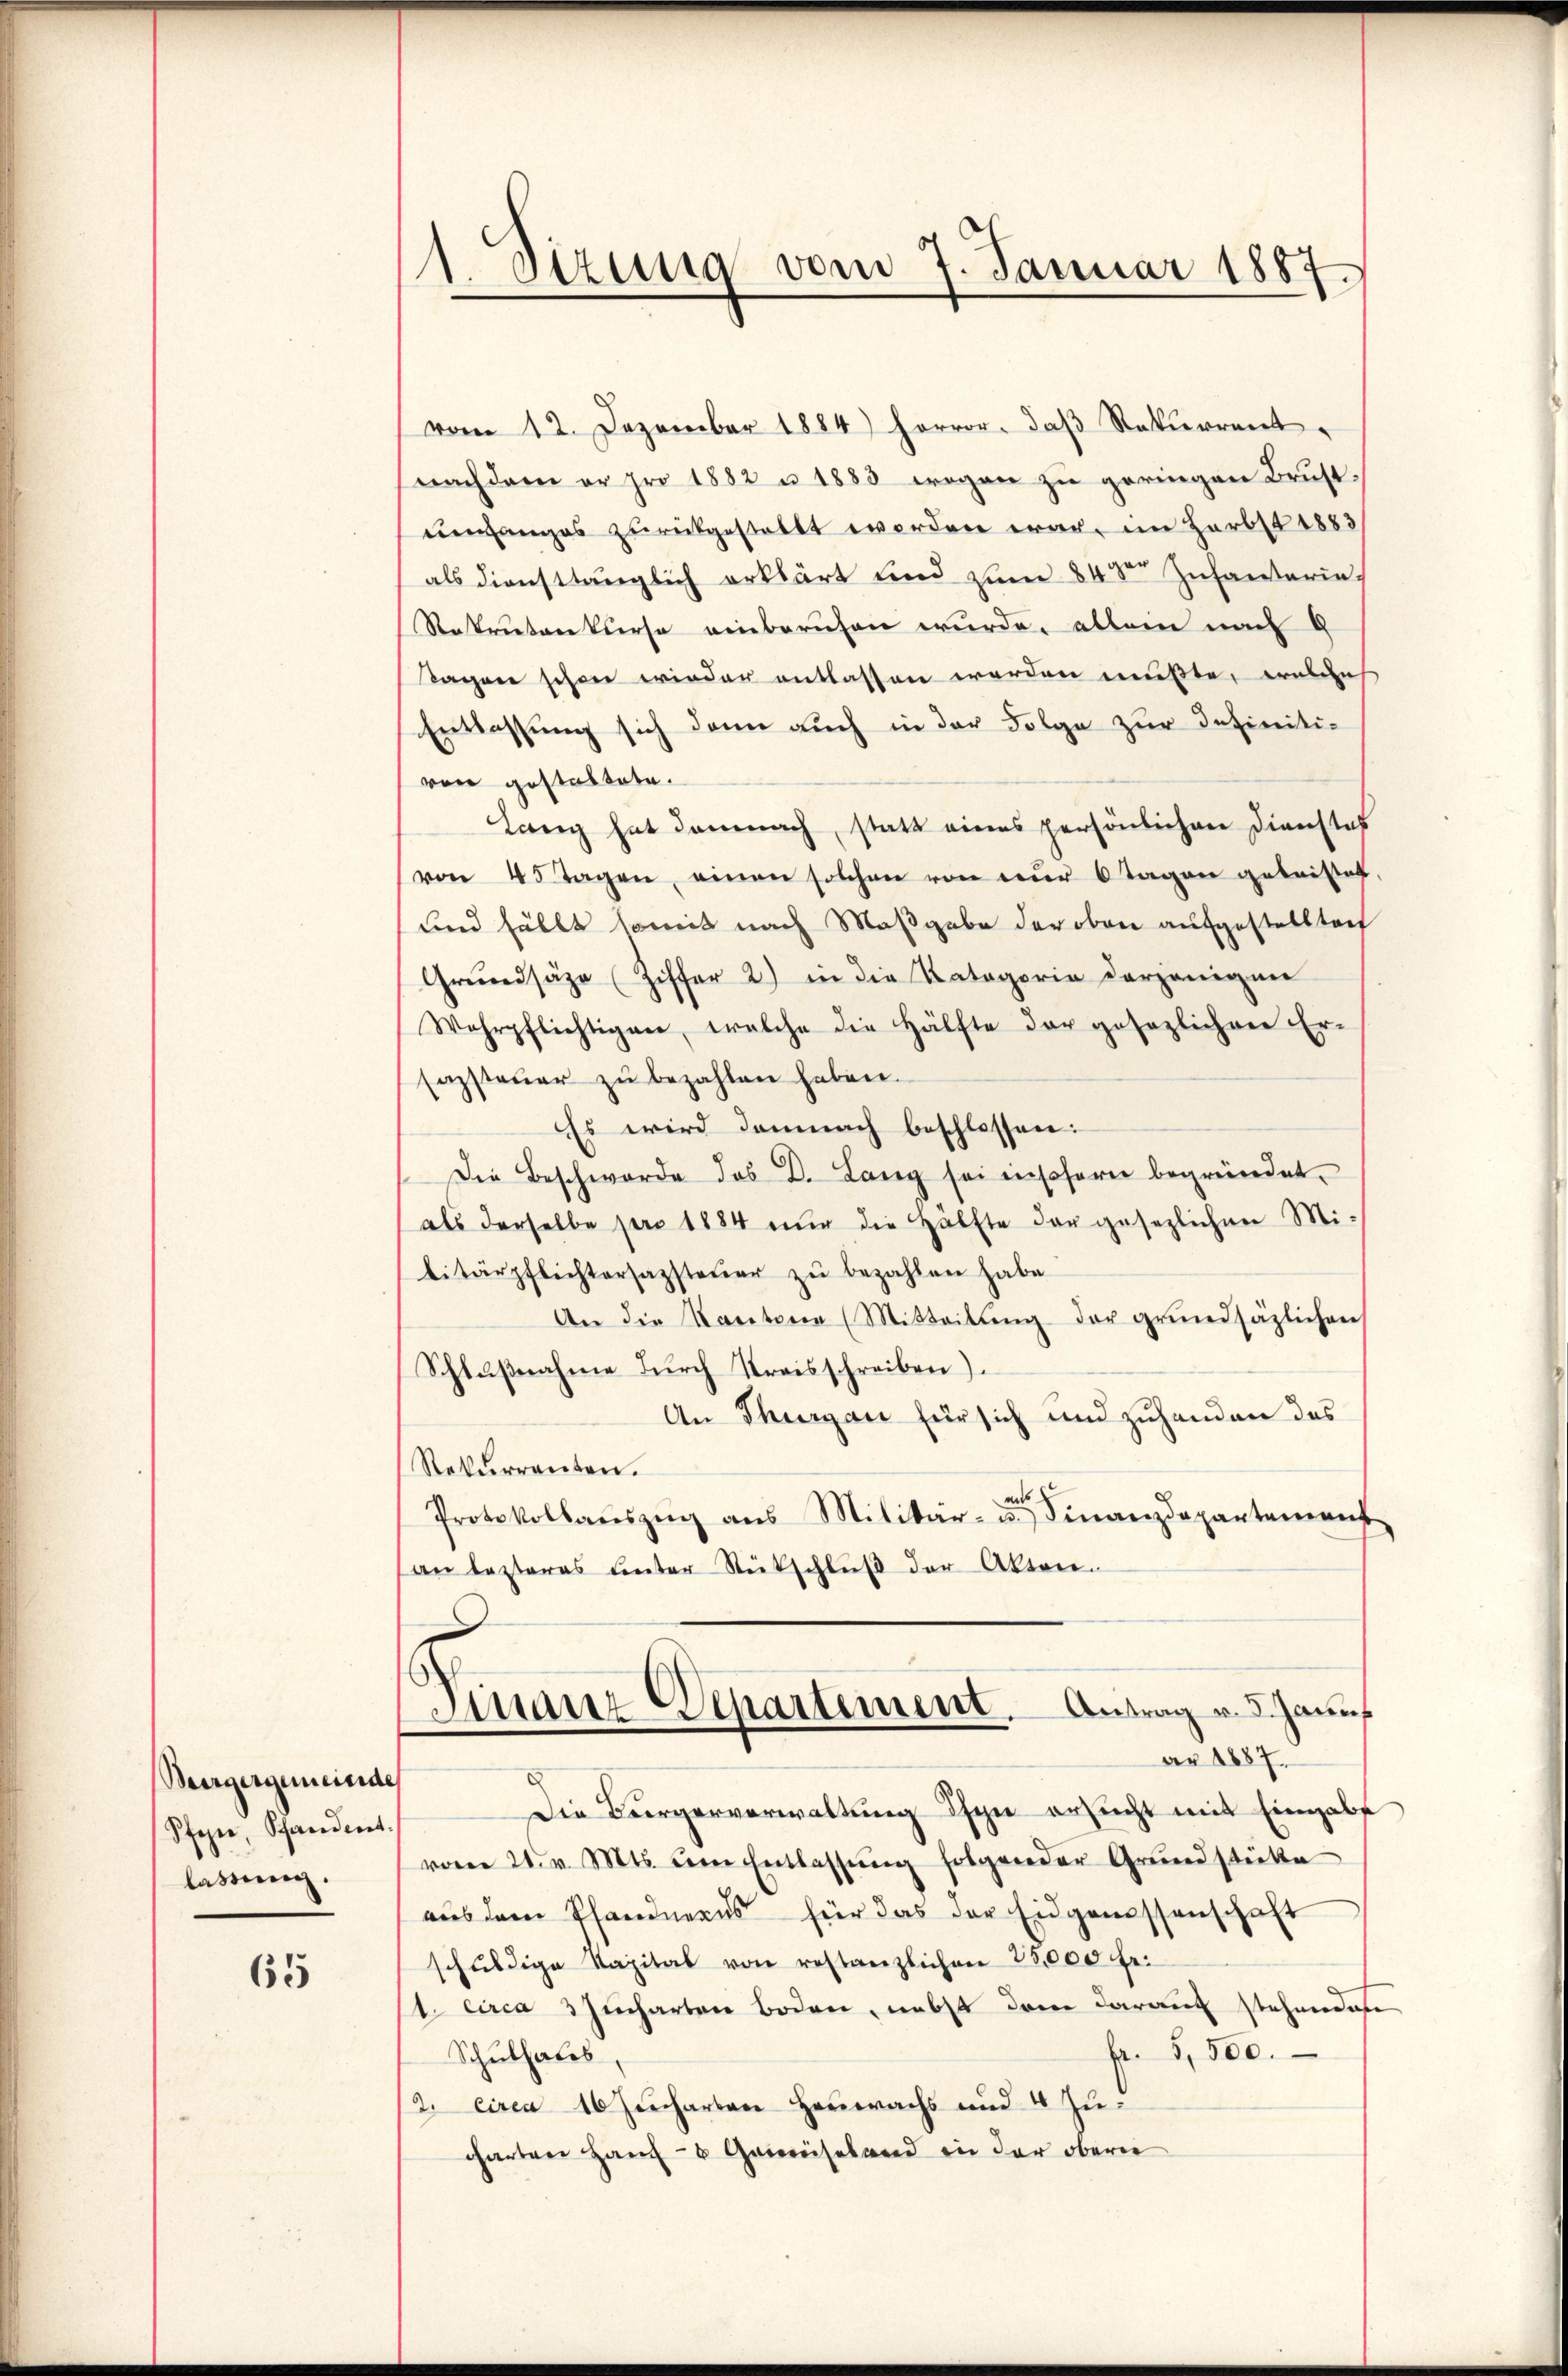
Wergergemeinde
Pfeger, Schandert.
lassung.

65

)
Sitzung vom 7. Januar 1887.

vom 12. Dezember 1884) hervor. daβ Rekurrent
nachdem er pro 1882 u. 1883 wegen zu geringen Brustunanges zurückgestellt werden war, im Herbst 1883
als diensttänglich erklärt und zum 84 der Infanterin¬
Rekruten kurse einberuhen wurde, allein nach g
tagnie schon wieder entlassen werden mußte, welche
Entlassung sich dann auch in der Folge zur Infinitivon gestaltete.
Lanz hat demnach, statt eines persönlichen Dienstof
von 45 Tagen, einen solchen von nŭr 6 Tagen geleistet
und fällt somit nach Maßgabe der oben aufgestellten
Grŭndsäze (Ziffer 2) in die Kategorie derjenigen
Wehrpflichtigen, welche die Hälfte der gesezlichen Er-
sazsteuer zŭ bezahlen haben.
Es wird demnach beschlossen:
Die Beschwerde das D. Lang sei insoferne begründet.
als derselbe pro 1884 nŭr die Hälfte der gesezlichen Mi-
litärpflichtersazsteŭer zŭ bezahlen habe
An die Kantone (Mitteilŭng der grundsäzlichen
Schlußnahme durch Kreisschreiben).
An Thurgau für sich und zuhanden das
Rekurrenten.
mit
Protokollaŭszŭg ans Militär- u. Finanzdepartement
an lezteres unter Rückschlŭβ der Akten.
Finanz-Departement. Antrag v. 3. Jaunf
ar 1887.
Die Bürgerverwaltung Ihyn ersucht mit Eingabe
vom 21. v. Mts. um Entlassŭng folgender Grŭndstüke
aus dem Pfandnexus für das der Eidgenossenschaft
schŭldige Kapital von restanzlichen 28,000 fr.
1. circa 3 Jucharten boden, nebst dem darauf stehendese
Fr. 5500.
Schulhales
2. circa 16 Jucharten Heuwachs und 4 Zu-
charten Hauf- & Gemüseland in der oberne